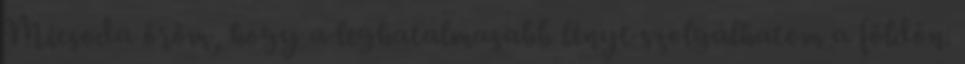
Micsoda öröm, hogy a leghatalmasabb lényt szolgálhatom a földön.